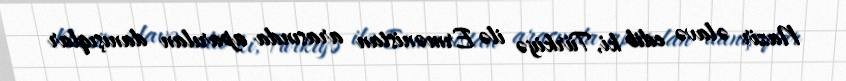
Nazir əlavə edib ki, Türkiyə ilə Ermənistan arasında aparılan danışıqlar